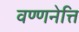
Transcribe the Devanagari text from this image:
वण्णनेत्ति